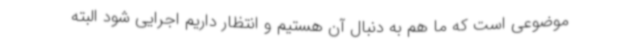
موضوعی است که ما هم به دنبال آن هستیم و انتظار داریم اجرایی شود البته